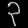
Digit: ၃